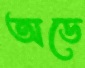
অডে